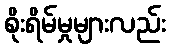
စိုးရိမ်မှုများလည်း